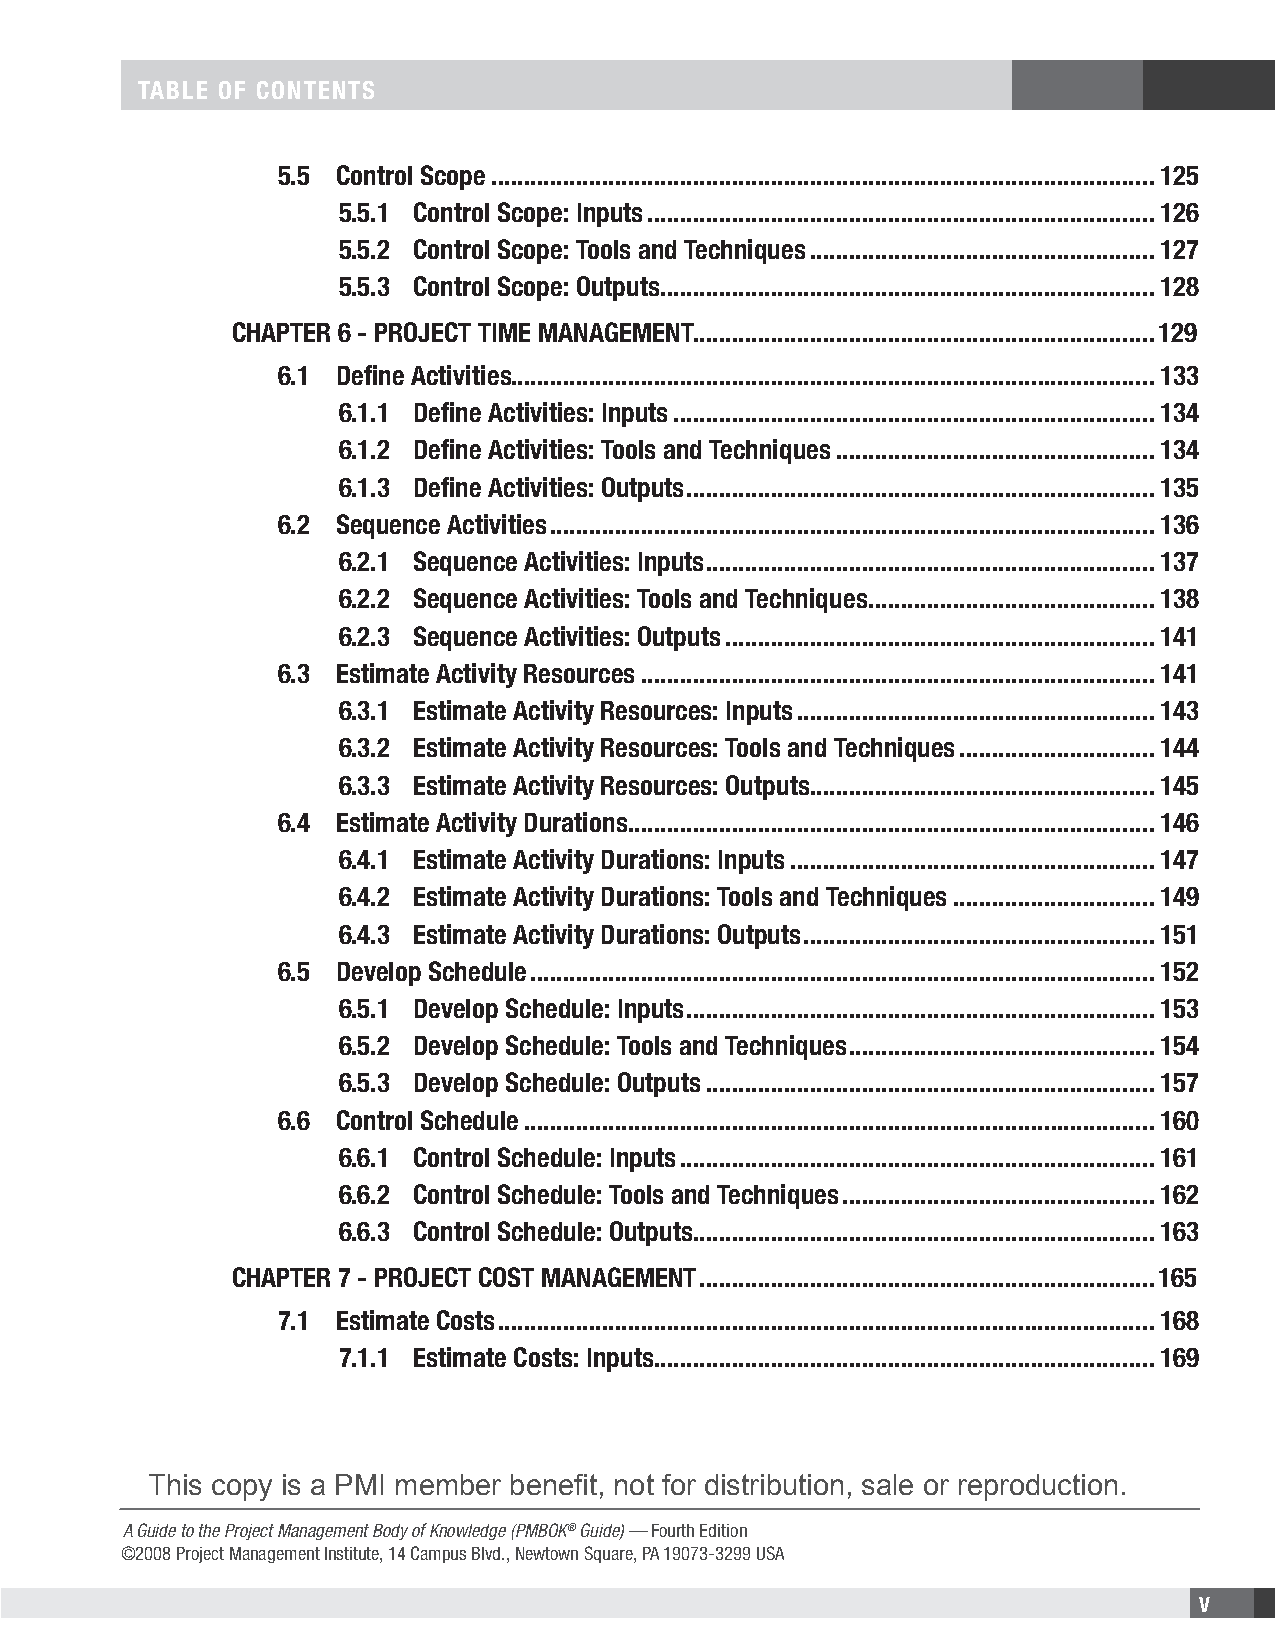
taBLe of contentS
 5.5 control Scope ......................................................................................................125
 5.5.1 control Scope: Inputs ..............................................................................126
 5.5.2 control Scope: tools and techniques .....................................................127
 5.5.3 control Scope: outputs ............................................................................128
 chaPter 6 - Project tIMe ManageMent .......................................................................129
 6.1 define activities ...................................................................................................133
 6.1.1 define activities: Inputs ..........................................................................134
 6.1.2 define activities: tools and techniques .................................................134
 6.1.3 define activities: outputs ........................................................................135
 6.2 Sequence activities .............................................................................................136
 6.2.1 Sequence activities: Inputs .....................................................................137
 6.2.2 Sequence activities: tools and techniques ............................................138
 6.2.3 Sequence activities: outputs ..................................................................141
 6.3 estimate activity resources ...............................................................................141
 6.3.1 estimate activity resources: Inputs .......................................................143
 6.3.2 estimate activity resources: tools and techniques ..............................144
 6.3.3 estimate activity resources: outputs .....................................................145
 6.4 estimate activity durations .................................................................................146
 6.4.1 estimate activity durations: Inputs ........................................................147
 6.4.2 estimate activity durations: tools and techniques ...............................149
 6.4.3 estimate activity durations: outputs ......................................................151
 6.5 develop Schedule ................................................................................................152
 6.5.1 develop Schedule: Inputs ........................................................................153
 6.5.2 develop Schedule: tools and techniques ...............................................154
 6.5.3 develop Schedule: outputs .....................................................................157
 6.6 control Schedule .................................................................................................160
 6.6.1 control Schedule: Inputs .........................................................................161
 6.6.2 control Schedule: tools and techniques ................................................162
 6.6.3 control Schedule: outputs .......................................................................163
 chaPter 7 - Project coSt ManageMent ......................................................................165
 7.1 estimate costs .....................................................................................................168
 7.1.1 estimate costs: Inputs .............................................................................169
 This copy is a PMI member benefit, not for distribution, sale or reproduction.
 A Guide to the Project Management Body of Knowledge (PMBOK® Guide) — Fourth Edition
 ©2008 Project Management Institute, 14 Campus Blvd., Newtown Square, PA 19073-3299 USA
 V